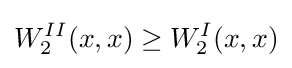
W_{2}^{II}(x,x)\geq W_{2}^{I}(x,x)